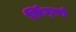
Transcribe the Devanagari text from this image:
सिंघ्फो